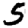
Digit: 5